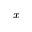
_ x